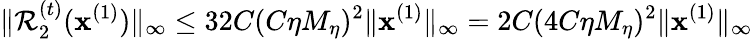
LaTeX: \| \mathcal{R}_{2}^{(t)}(\mathbf{x}^{(1)})\| _{\infty}\leq 32C(C\eta M_{\eta})^{2}\| \mathbf{x}^{(1)}\| _{\infty}=2C(4C\eta M_{\eta})^{2}\| \mathbf{x}^{(1)}\| _{\infty}